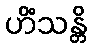
ဟိံသန္တိ